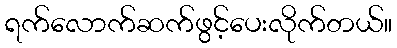
ရက်လောက်ဆက်ဖွင့်ပေးလိုက်တယ်။